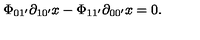
\Phi _ { 0 1 ^ { \prime } } \partial _ { 1 0 ^ { \prime } } x - \Phi _ { 1 1 ^ { \prime } } \partial _ { 0 0 ^ { \prime } } x = 0 .